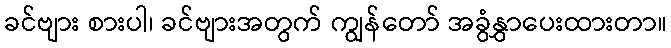
ခင်ဗျား စားပါ၊ ခင်ဗျားအတွက် ကျွန်တော် အခွံနွှာပေးထားတာ။